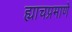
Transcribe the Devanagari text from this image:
ह्याचप्रमाणे